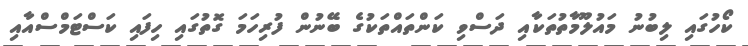
ކޯހުގައި ލިބުނު މައުލޫމާތުތަކާއި ދަސްވި ކަންތައްތަކުގެ ބޭނުން ފުރިހަމަ ގޮތުގައި ހިފައި ކަސްޓަމްސްއާއި